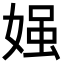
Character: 𡟎